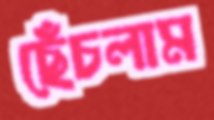
ছেঁচলাম